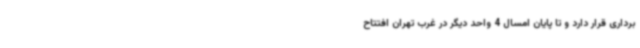
برداری قرار دارد و تا پایان امسال 4 واحد دیگر در غرب تهران افتتاح